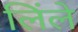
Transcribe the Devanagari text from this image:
लिंले